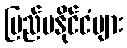
ပြည်ပနိုင်ငံများ